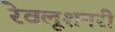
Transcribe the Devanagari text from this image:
रेवलूशनरी